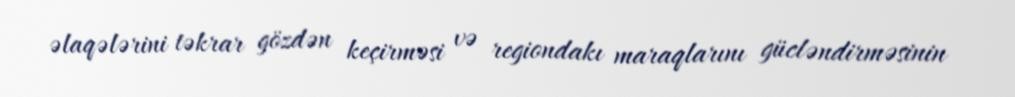
əlaqələrini təkrar gözdən keçirməsi və regiondakı maraqlarını gücləndirməsinin